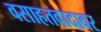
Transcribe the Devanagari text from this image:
वसाहतवादावर